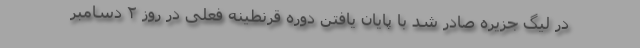
در لیگ جزیره صادر شد با پایان یافتن دوره قرنطینه فعلی در روز ۲ دسامبر